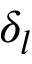
\delta _ { l }